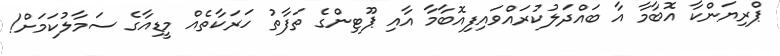
ޕްރިޔަންކާ އޮބާމާ އާ ބައްދަލުކުރައްވައިފިއޮބާމާ އާއި ޕޫޓިންގެ ތަފާތު ހަރަކާތެއް މީޑިއާގެ ސަމާލުކަމަށް!